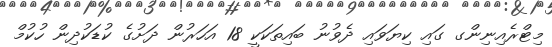
މިޓްރެއިނިންގ ގައި ކިޔަވައި ދެވުނު ބައިތަކަކީ 18 އަހަރުން ދަށުގެ ކުޑަކުދިން ހުކުމް